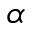
\alpha